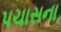
પચાસના